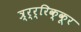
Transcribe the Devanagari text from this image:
त्र्र्र्रिक्कूर